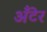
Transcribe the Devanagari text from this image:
अँटेर